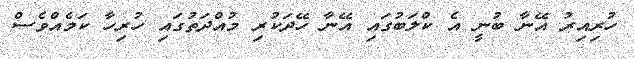
ހުރިއިރު އޭނާ ބުނީ އެ ކްލަބުގައި އޭނާ ހޭދަކުރި މުއްދަތުގައި ހުރިހާ ކަމެއްވެސް